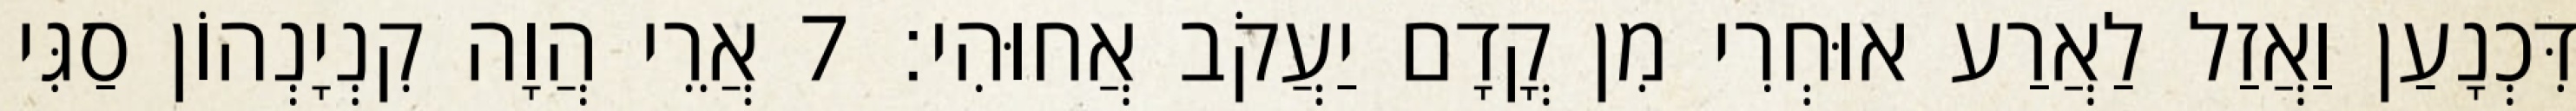
דִּכְנָעַן וַאֲזַל לַאֲרַע אוּחְרִי מִן קֳדָם יַעֲקֹב אֲחוּהִי׃ 7 אֲרֵי הֲוָה קִנְיָנְהוֹן סַגִּי